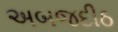
અબજદીઠ